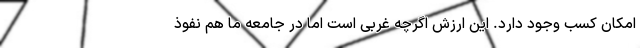
امکان کسب وجود دارد. این ارزش اگرچه غربی است اما در جامعه ما هم نفوذ